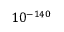
1 0 ^ { - 1 4 0 }